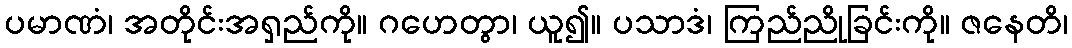
ပမာဏံ၊ အတိုင်းအရှည်ကို။ ဂဟေတွာ၊ ယူ၍။ ပသာဒံ၊ ကြည်ညိုခြင်းကို။ ဇနေတိ၊